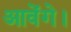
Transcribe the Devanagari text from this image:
आवेंगे।